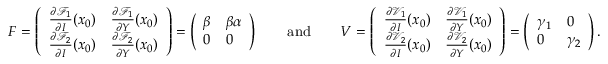
F = \left( \begin{array} { l l } { \frac { \partial \mathcal { F } _ { 1 } } { \partial I } ( x _ { 0 } ) } & { \frac { \partial \mathcal { F } _ { 1 } } { \partial Y } ( x _ { 0 } ) } \\ { \frac { \partial \mathcal { F } _ { 2 } } { \partial I } ( x _ { 0 } ) } & { \frac { \partial \mathcal { F } _ { 2 } } { \partial Y } ( x _ { 0 } ) } \end{array} \right) = \left( \begin{array} { l l } { \beta } & { \beta \alpha } \\ { 0 } & { 0 } \end{array} \right) \qquad \mathrm { a n d } \qquad V = \left( \begin{array} { l l } { \frac { \partial \mathcal { V } _ { 1 } } { \partial I } ( x _ { 0 } ) } & { \frac { \partial \mathcal { V } _ { 1 } } { \partial Y } ( x _ { 0 } ) } \\ { \frac { \partial \mathcal { V } _ { 2 } } { \partial I } ( x _ { 0 } ) } & { \frac { \partial \mathcal { V } _ { 2 } } { \partial Y } ( x _ { 0 } ) } \end{array} \right) = \left( \begin{array} { l l } { \gamma _ { 1 } } & { 0 } \\ { 0 } & { \gamma _ { 2 } } \end{array} \right) .